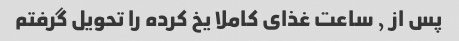
پس از ٫ ساعت غذای کاملا یخ کرده را تحویل گرفتم